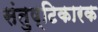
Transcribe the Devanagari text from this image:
संतुष्टिकारक